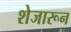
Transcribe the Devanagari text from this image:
शेजारून